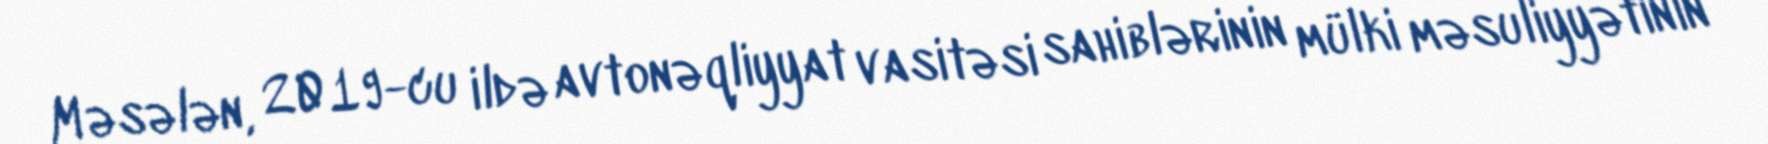
Məsələn, 2019-cu ildə avtonəqliyyat vasitəsi sahiblərinin mülki məsuliyyətinin